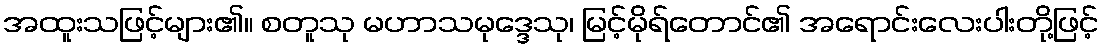
အထူးသဖြင့်များ၏။ စတူသု မဟာသမုဒ္ဒေသု၊ မြင့်မိုရ်တောင်၏ အရောင်းလေးပါးတို့ဖြင့်